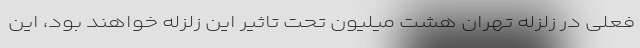
فعلی در زلزله تهران هشت میلیون تحت تاثیر این زلزله خواهند بود، این